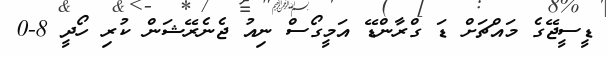
ޑީސީޖޭގެ މައްޗަށް ޑަ ގްރާންޑޭ އަމީގޯސް ނިއު ޖެނެރޭޝަން ކުރި ހޯދީ 8-0